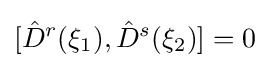
[{\hat {D}}^{r}(\xi _{1}),{\hat {D}}^{s}(\xi _{2})]=0